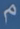
م